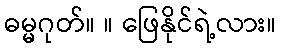
ဓမ္မဂုတ်။ ။ ဖြေနိုင်ရဲ့လား။